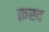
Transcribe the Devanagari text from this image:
क़स्द